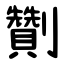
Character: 劗